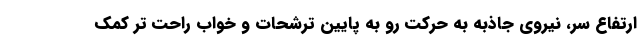
ارتفاع سر، نیروی جاذبه به حرکت رو به پایین ترشحات و خواب راحت تر کمک